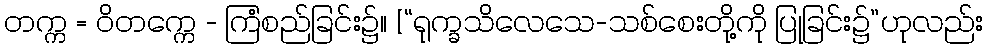
တက္က = ဝိတက္ကေ - ကြံစည်ခြင်း၌။ [“ရုက္ခသိလေသေ-သစ်စေးတို့ကို ပြုခြင်း၌”ဟုလည်း